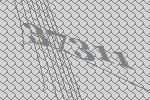
37311